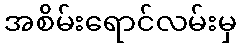
အစိမ်းရောင်လမ်းမှ